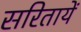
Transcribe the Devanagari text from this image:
सरितायें